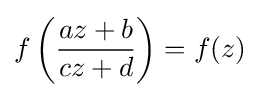
f\left({\frac {az+b}{cz+d}}\right)=f(z)